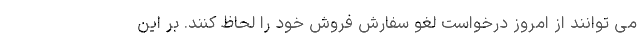
می توانند از امروز درخواست لغو سفارش فروش خود را لحاظ کنند. بر این